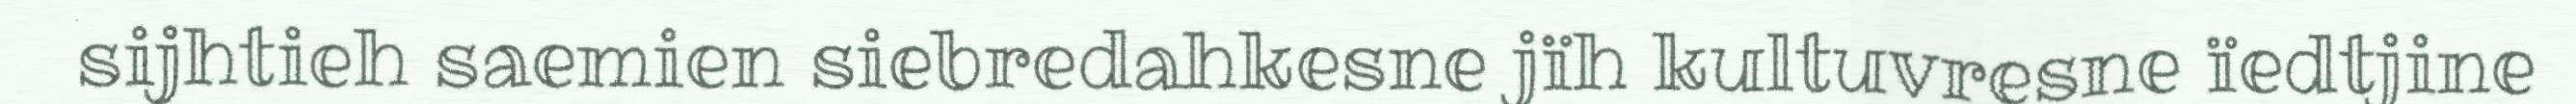
sijhtieh saemien siebredahkesne jïh kultuvresne ïedtjine